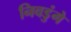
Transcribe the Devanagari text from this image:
निवडुंगे